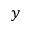
y